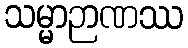
သမ္မာဉာဏဿ